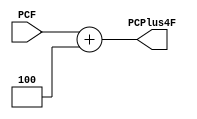
module PCPlus4 (
    input      [31:0] PCF,
    output reg [31:0] PCPlus4F
);
    always @ (*) begin
        PCPlus4F = PCF + 4;
    end

    
endmodule